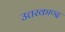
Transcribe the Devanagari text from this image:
उत्तरकाण्द